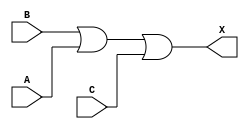
module sky130_fd_sc_hdll__or3_5 (
    X,
    A,
    B,
    C
);
    output X;
    input  A;
    input  B;
    input  C;
    wire or0_out_X;
    or  or0  (or0_out_X, B, A, C        );
    buf buf0 (X        , or0_out_X      );
endmodule